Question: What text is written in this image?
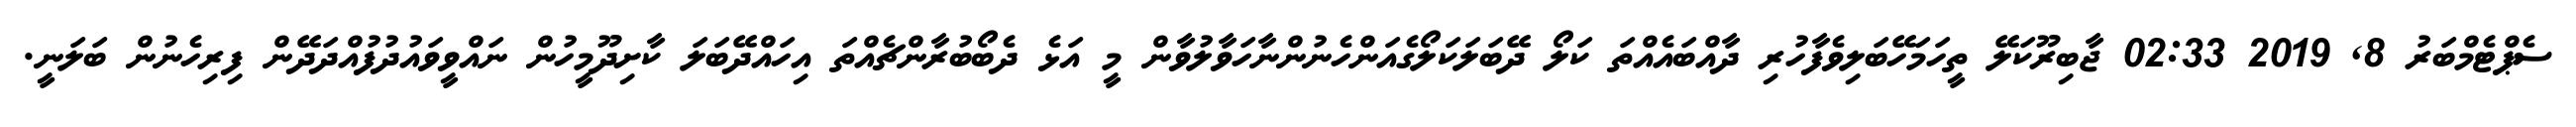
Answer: ސެޕްޓެމްބަރު 8, 2019 02:33 ޖާބިރޫކަލޭ ތީހަމަހޭބަލިވެފާހުރި ދާއްބައެއްތަ ކަލޯ ދޭބަލަކަލޯގެއަންހެނުންނާހަވާލުވާން މީ އަޅެ ދެބޯބުރާންޗެއްތަ އިހައްދޭބަލަ ކާށިދޫމީހުން ނައްވީވައުދުފުއްދަދޭން ފިރިހެނުން ބަލަނީ.